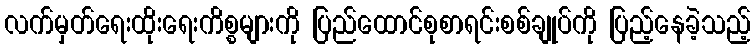
လက်မှတ်ရေးထိုးရေးကိစ္စများကို ပြည်ထောင်စုစာရင်းစစ်ချုပ်ကို ပြည့်နေခဲ့သည့်